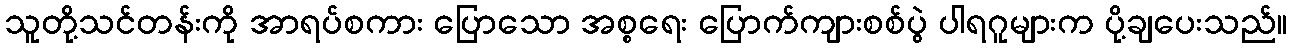
သူတို့သင်တန်းကို အာရပ်စကား ပြောသော အစ္စရေး ပြောက်ကျားစစ်ပွဲ ပါရဂူများက ပို့ချပေးသည်။